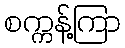
စက္ကန့်ကြာ